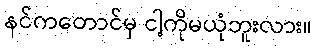
နင်ကတောင်မှ ငါ့ကိုမယုံဘူးလား။